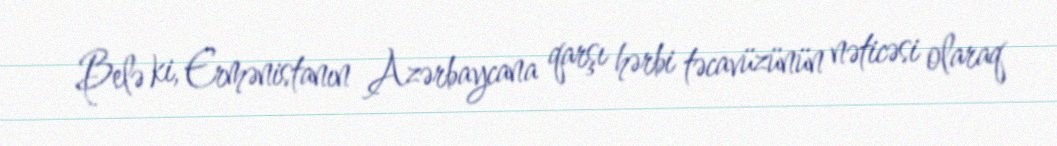
Belə ki, Ermənistanın Azərbaycana qarşı hərbi təcavüzünün nəticəsi olaraq